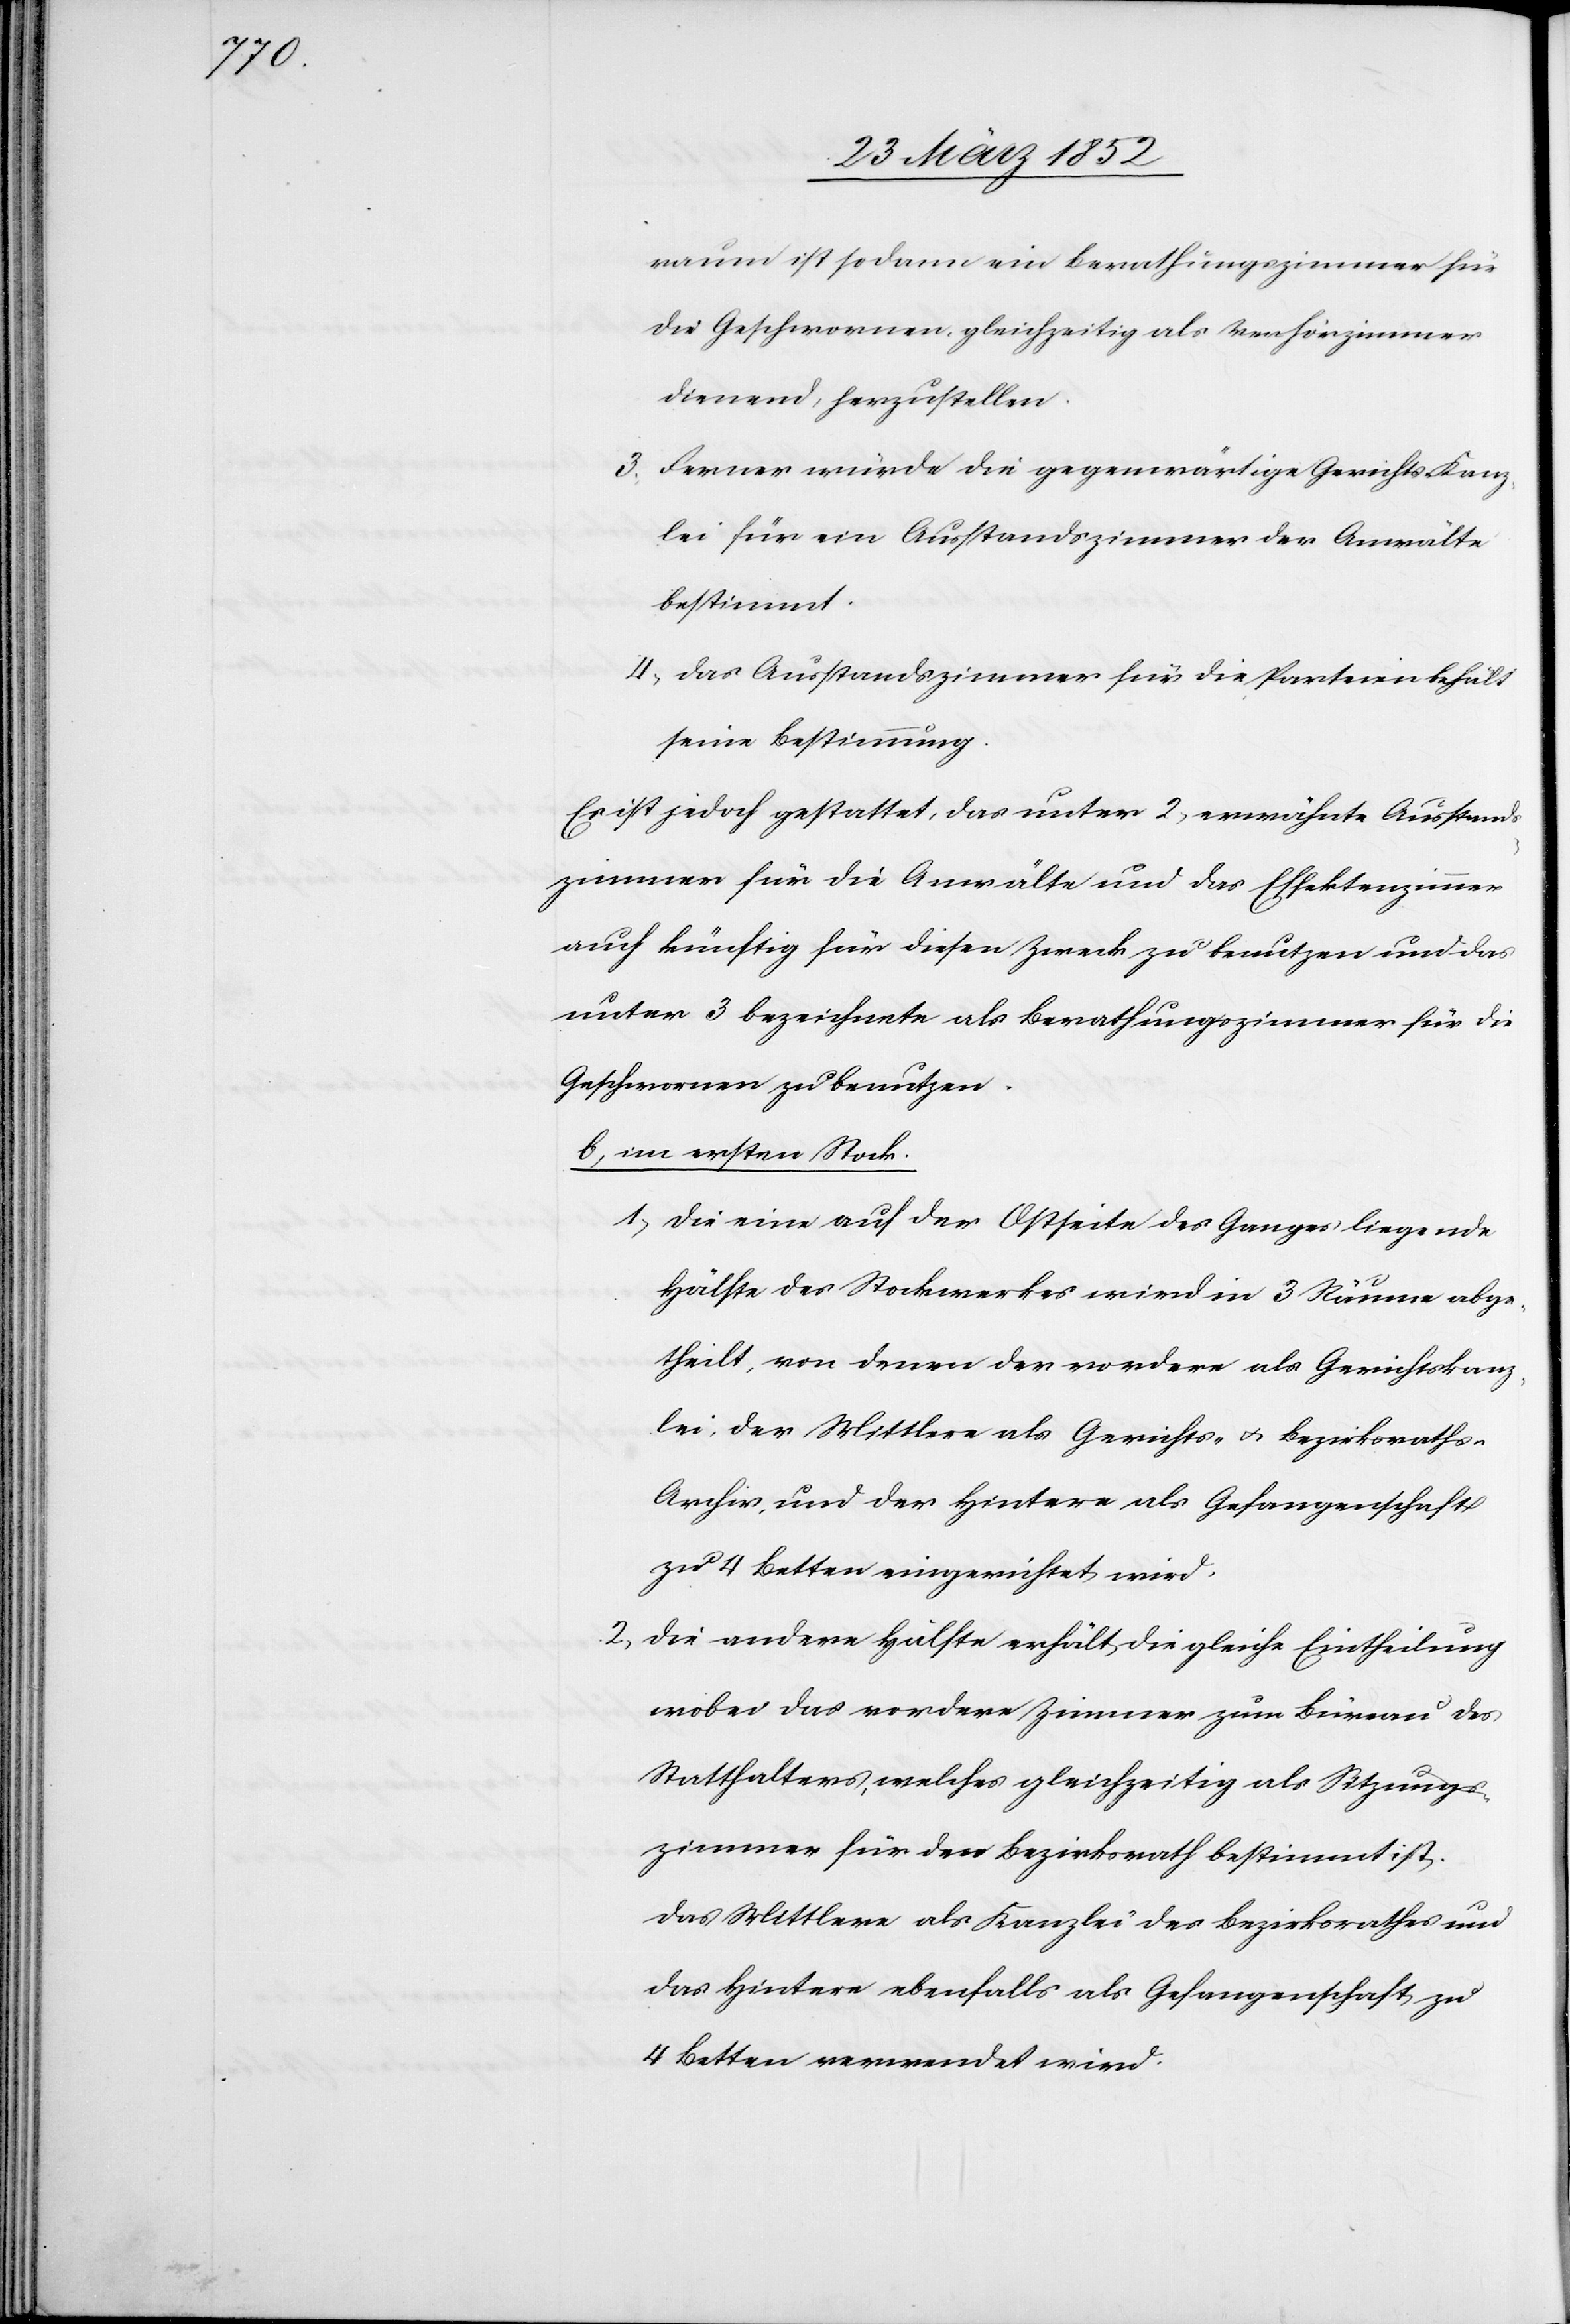
raum ist sodann ein Berathungszimmer für
die Geschwornen, gleichzeitig als Verhörzimmer
dienend, herzustellen.
3) Ferner würde die gegenwärtige Gerichts-Kanz¬
lei für ein Ausstandszimmer der Anwälte
bestimmt.
4) Das Ausstandszimmer für die Parteien behält
seine Bestimmung.
Es ist jedoch gestattet, das unter 2) erwähnte Ausstands¬
zimmer für die Anwälte und das Effektenzimmer
auch künftig für diesen Zweck zu benutzen und das
unter 3 bezeichnete als Berathungszimmer für die
Geschwornen zu benutzen.
b) im ersten Stock.
1) Die eine auf der Ostseite des Ganges liegende
Hälfte des Stockwerkes wird in 3 Räume abge¬
theilt, von denen der vordere als Gerichtskanz¬
lei, der Mittlere als Gerichts- u. Bezirksrath¬
s-Archiv, und der hintere als Gefangenschaft
zu 4 Betten eingerichtet wird.
2) Die andere Hälfte erhält die gleiche Eintheilung
wobei das vordere Zimmer zum Büreau des
Statthalters, welches gleichzeitig als Sitzungs¬
zimmer für den Bezirksrath bestimmt ist.
Das Mittlere als Kanzlei des Bezirksrathes und
das Hintere ebenfalls als Gefangenschaft, zu
4 Betten verwendet wird.